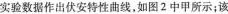
实验数据作出伏安特性曲线，如图2中甲所示；该